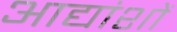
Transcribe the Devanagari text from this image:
आद्यांशों